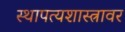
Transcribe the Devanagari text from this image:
स्थापत्यशास्त्रावर